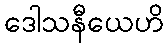
ဒေါသနီယေဟိ